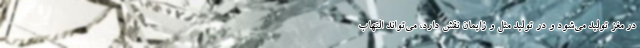
در مغز تولید می‌شود و در تولید مثل و زایمان نقش دارد، می‌تواند التهاب